Indian journal of veterinary science and animal husbandry - Volumes 18-21, 1948-1951
Year: 1948
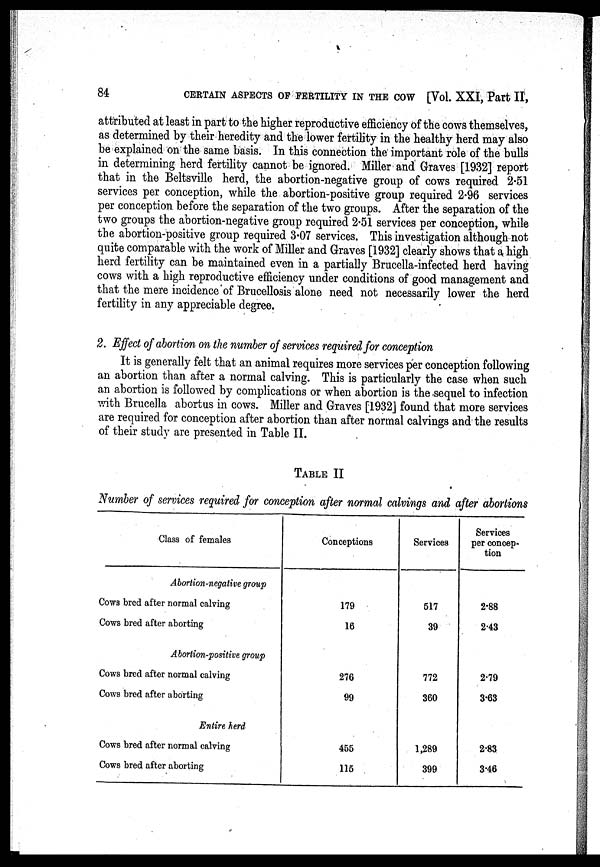
84
CERTAIN ASPECTS OF FERTILITY IN THE COW [Vol. XXI, Part II,
attributed at least in part to the higher reproductive efficiency of the cows themselves,
as determined by their heredity and the lower fertility in the healthy herd may also
be explained on the same basis. In this connection the important role of the bulls
in determining herd fertility cannot be ignored. Miller and Graves [1932] report
that in the Beltsville herd, the abortion-negative group of cows required 2.51
services per conception, while the abortion-positive group required 2.96 services
per conception before the separation of the two groups. After the separation of the
two groups the abortion-negative group required 2.51 services per conception, while
the abortion-positive group required 3.07 services. This investigation although not
quite comparable with the work of Miller and Graves [1932] clearly shows that a high
herd fertility can be maintained even in a partially Brucella-infected herd having
cows with a high reproductive efficiency under conditions of good management and
that the mere incidence of Brucellosis alone need not necessarily lower the herd
fertility in any appreciable degree.
2. Effect of abortion on the number of services required for conception
It is generally felt that an animal requires more services per conception following
an abortion than after a normal calving. This is particularly the case when such
an abortion is followed by complications or when abortion is the sequel to infection
with Brucella abortus in cows. Miller and Graves [1932] found that more services
are required for conception after abortion than after normal calvings and the results
of their study are presented in Table II.
TABLE II
Number of services required for conception after normal calvings and after abortions
Class of females
Abortion-negative group
Cows bred after normal calving
Cows bred after aborting
Abortion-positive group
Cows bred after normal calving
Cows bred after aborting
Entire herd
Cows bred after normal calving
Cows bred after aborting
Conceptions
179
16
276
99
455
115
Services
517
39
772
360
1,289
399
Services
per concep-
tion
2.88
2.43
2.79
3.63
2.83
3.46